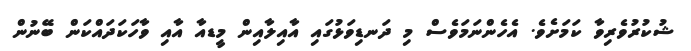
ޝުކުރުވެރިވާ ކަމަށެވެ. އެހެންނަމަވެސް މި ދަނޑިވަޅުގައި އާއިލާއިން މީޑއާ އާއި ވާހަކަދައްކަން ބޭނުން